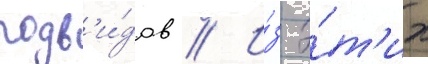
подв'и́дов // И́з э́т'их